65_HS1-834228961_62-HQ-83894_Section_3
Agency: FBI
Page 17
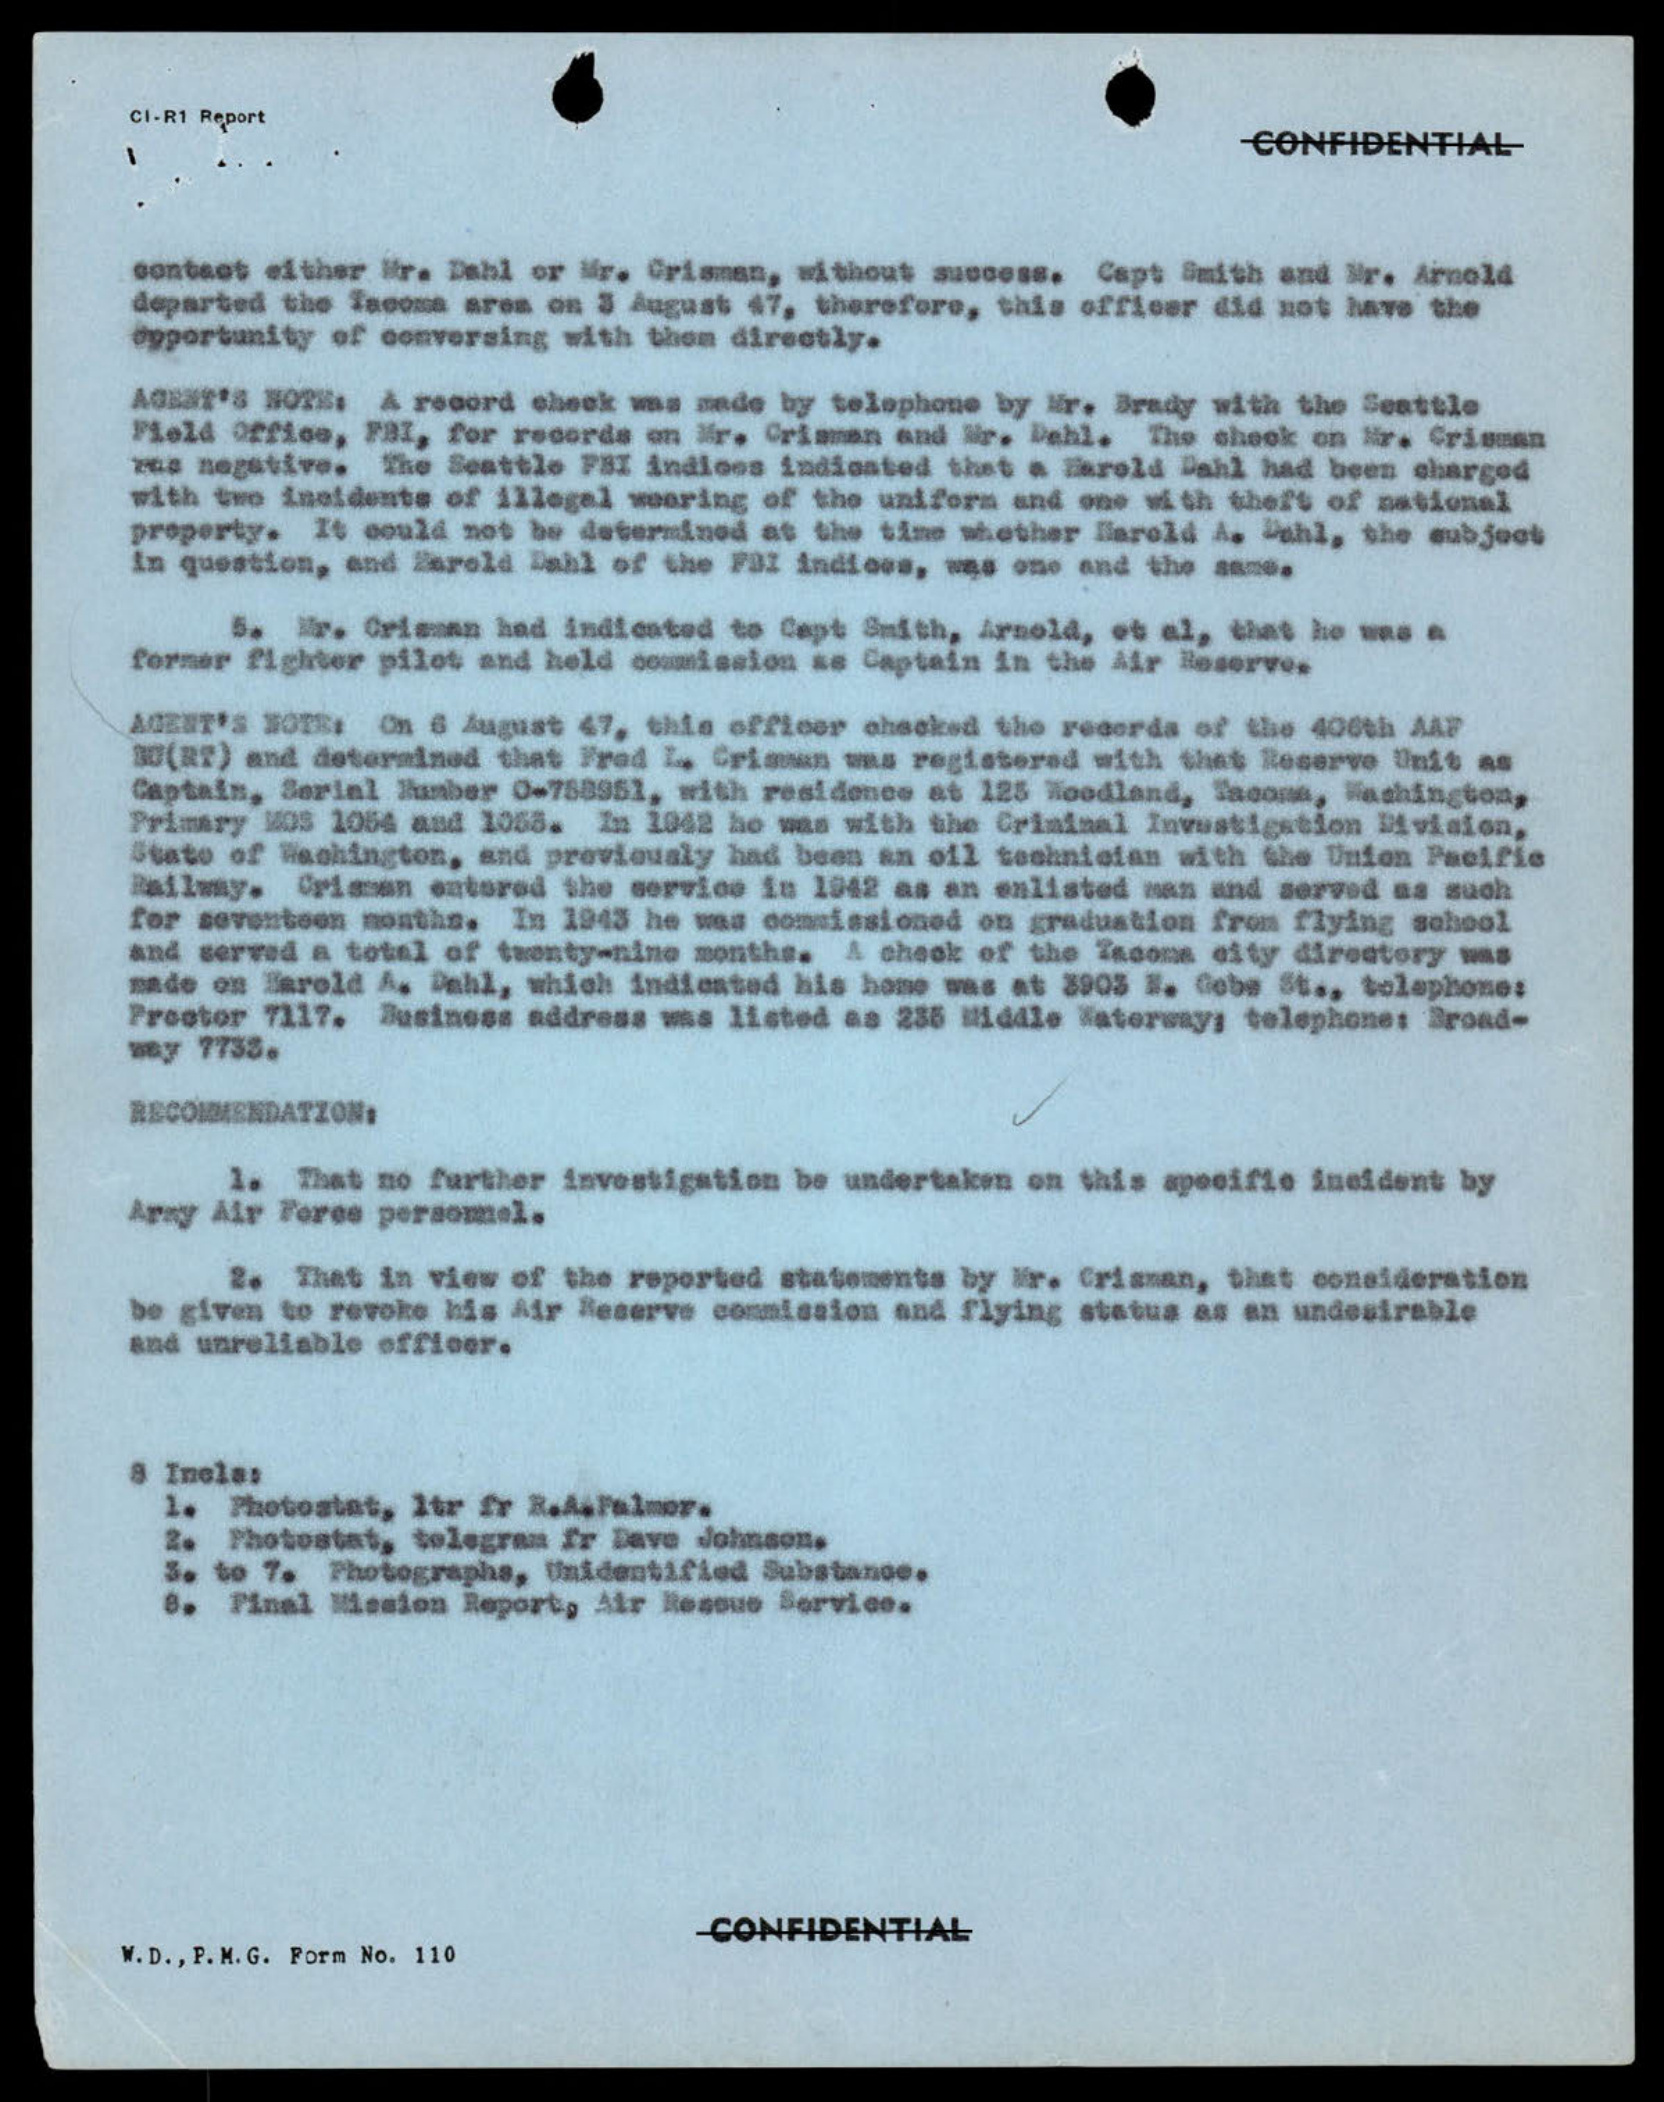